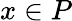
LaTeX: x\in P